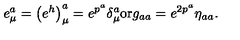
e _ { \mu } ^ { a } = \left( e ^ { h } \right) _ { \mu } ^ { a } = e ^ { p ^ { a } } \delta _ { \mu } ^ { a } \mathrm { o r } g _ { a a } = e ^ { 2 p ^ { a } } \eta _ { a a } .